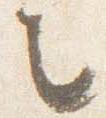
之